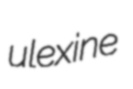
ulexine